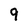
Character: 9